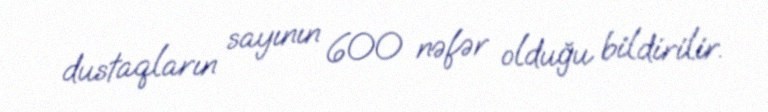
dustaqların sayının 600 nəfər olduğu bildirilir.